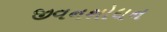
જીવનશોધન